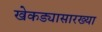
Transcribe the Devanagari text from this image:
खेकड्यासारख्या